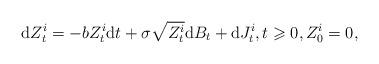
LaTeX: \begin{align*}\mathrm{d}Z_{t}^{i}=-bZ_{t}^{i}\mathrm{d}t+\sigma\sqrt{Z_{t}^{i}}\mathrm{d}B_{t}+\mathrm{d}J_{t}^{i},t\geqslant0,Z_{0}^{i}=0,\end{align*}